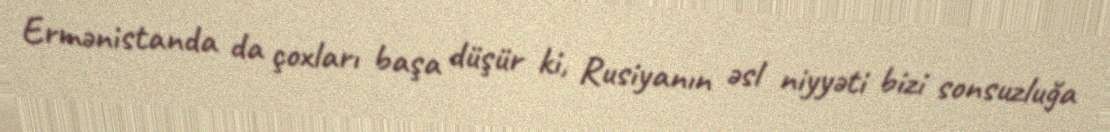
Ermənistanda da çoxları başa düşür ki, Rusiyanın əsl niyyəti bizi sonsuzluğa